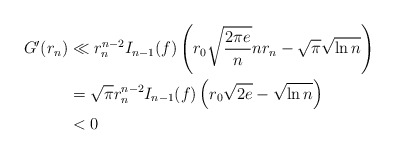
\begin{align*}G'(r_n)& \ll r_n^{n-2}I_{n-1}(f)\left (r_0\sqrt{\frac{2\pi e}{n}}nr_n-\sqrt{\pi}\sqrt{\ln n}\right )\\& = \sqrt{\pi}r_n^{n-2}I_{n-1}(f)\left ( r_0\sqrt{2e}-\sqrt{\ln n}\right )\\& <0\end{align*}